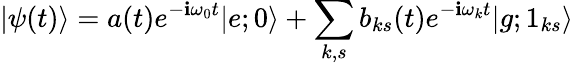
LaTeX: |\psi(t)\rangle=a(t)e^{-\mathbf{i}\omega_{0}t}|e;0\rangle+\sum_{k,s}b_{ks}(t)e^{-\mathbf{i}\omega_{k}t}|g;1_{ks}\rangle